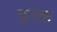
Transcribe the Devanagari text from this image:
कुटक